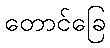
တောင်ခြေ